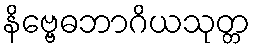
နိဗ္ဗေဓဘာဂိယသုတ္တ